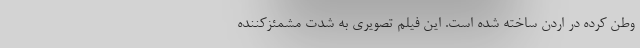
وطن کرده در اردن ساخته شده است. این فیلم تصویری به شدت مشمئزکننده